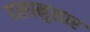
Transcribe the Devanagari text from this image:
दलानुसार